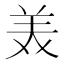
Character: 𫟈